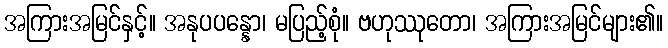
အကြားအမြင်နှင့်။ အနုပပန္နော၊ မပြည့်စုံ။ ဗဟုဿုတော၊ အကြားအမြင်များ၏။